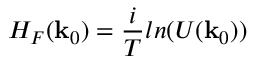
H _ { F } ( { \bf k } _ { 0 } ) = \frac { i } { T } l n ( U ( { \bf k } _ { 0 } ) )